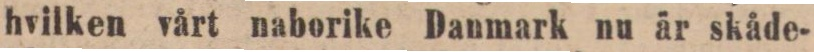
hvilken vårt naborike Danmark nu är skåde-